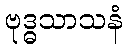
ဗုဒ္ဓသာသနံ